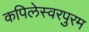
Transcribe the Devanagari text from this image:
कपिलेस्वरपुरम